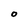
Character: O